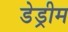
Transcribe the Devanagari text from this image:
डेड्रीम